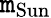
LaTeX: \mathtt{m}_{\mathrm{{Sun}}}